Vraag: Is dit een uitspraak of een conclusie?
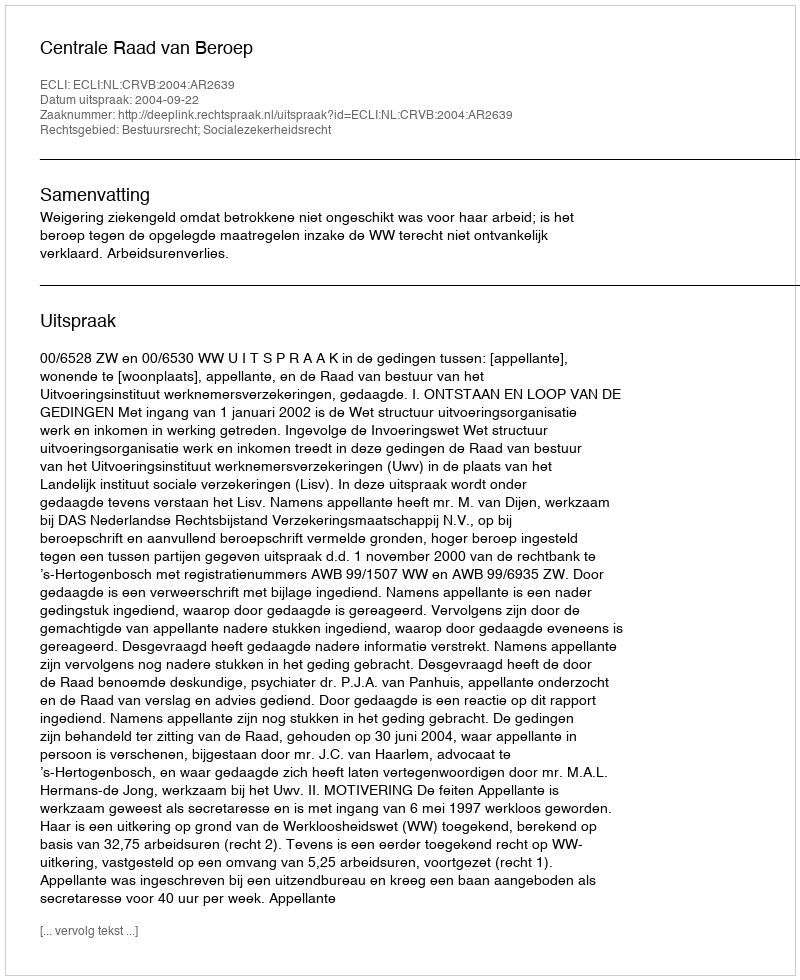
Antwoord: Uitspraak